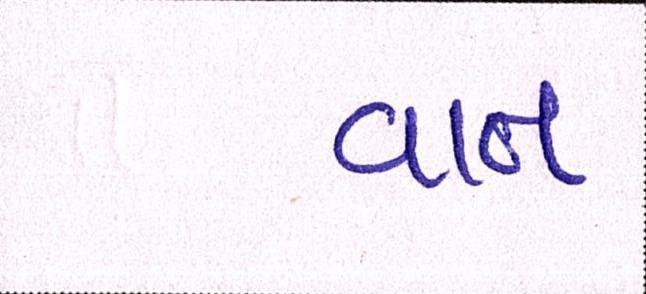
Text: વાત